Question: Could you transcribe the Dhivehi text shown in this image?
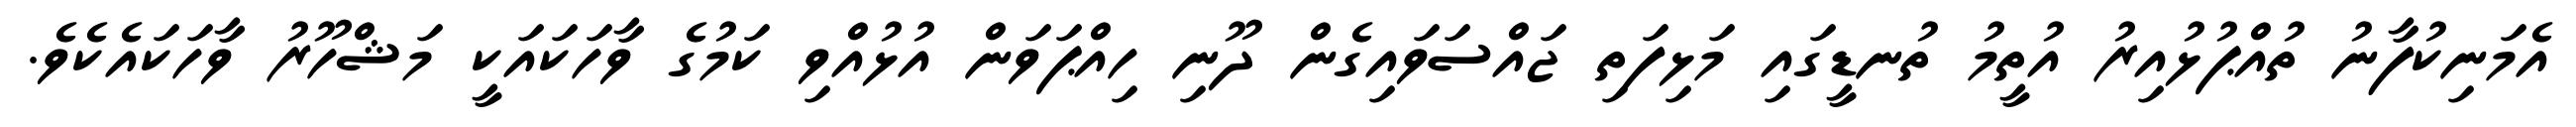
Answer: އެމަނިކުފާނު ތުއްޕުޅުއިރު އުތީމު ތުނޑީގައި މަޅިފަތި ޖައްސަވައިގެން ދޫނި ހިއްޕަވަން އުޅުއްވި ކަމުގެ ވާހަކައަކީ މަޝްހޫރު ވާހަކައެކެވެ.